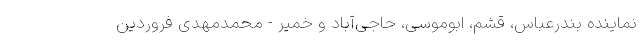
نماینده بندرعباس، قشم، ابوموسی، حاجی‌آباد و خمیر - محمدمهدی فروردین